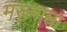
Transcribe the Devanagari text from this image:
मरूमाला